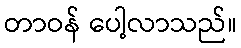
တာဝန် ပေါ့လာသည်။